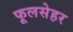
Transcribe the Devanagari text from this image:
फूलसेहर